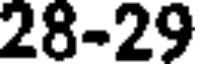
28-29